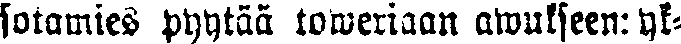
sotamies pyytää toweriaan awukseen: yk-